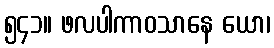
၅၄၁။ ဖလပါကာဝသာနေ ယော၊